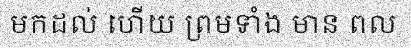
មកដល់ ហើយ ព្រមទាំង មាន ពល